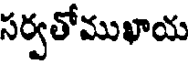
సర్వతోముఖాయ